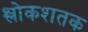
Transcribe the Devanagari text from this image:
श्लोकशतक